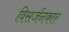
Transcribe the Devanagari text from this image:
विसर्जनकार